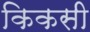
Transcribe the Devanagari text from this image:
किकसी